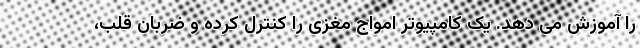
را آموزش می دهد. یک کامپیوتر امواج مغزی را کنترل کرده و ضربان قلب،